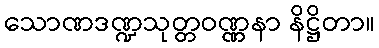
သောဏဒဏ္ဍသုတ္တဝဏ္ဏနာ နိဋ္ဌိတာ။